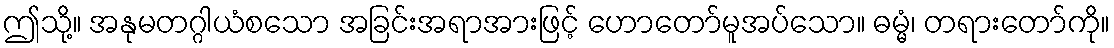
ဤသို့။ အနုမတဂ္ဂါယံစသော အခြင်းအရာအားဖြင့် ဟောတော်မူအပ်သော။ ဓမ္မံ၊ တရားတော်ကို။